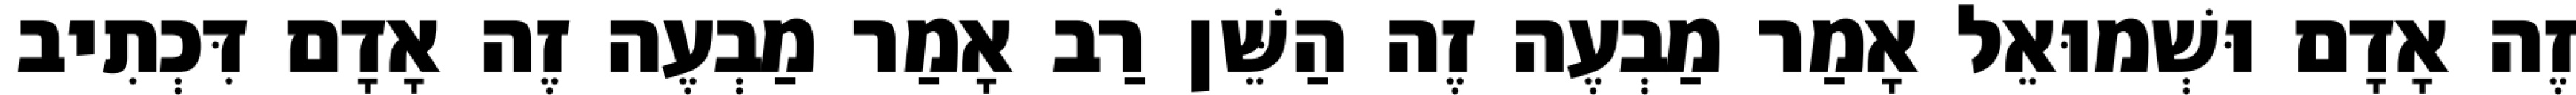
זֶה אָדָם וּשְׁמוּאֵל אָמַר מַבְעֶה זֶה הַשֵּׁן רַב אָמַר מַבְעֶה זֶה אָדָם דִּכְתִיב